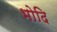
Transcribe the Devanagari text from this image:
भोदि